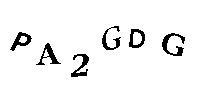
PA2GDG